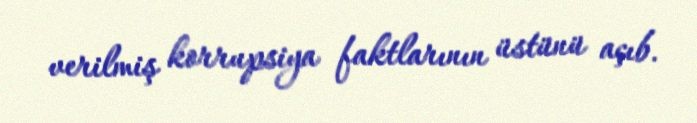
verilmiş korrupsiya faktlarının üstünü açıb.